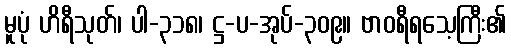
မူပုံ ဟိရီသုတ်၊ ပါ-၃၁၈၊ ဋ္ဌ-ပ-အုပ်-၃၀၉။ ဗာဝရီရသေ့ကြီး၏